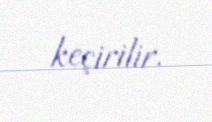
keçirilir.